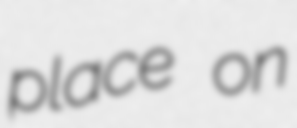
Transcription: place on